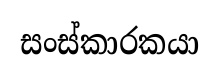
සංස්කාරකයා